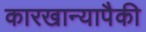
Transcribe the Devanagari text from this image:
कारखान्यापैकी